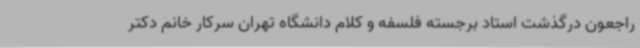
راجعون درگذشت استاد برجسته فلسفه و کلام دانشگاه تهران سرکار خانم دکتر